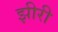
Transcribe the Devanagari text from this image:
झीरी